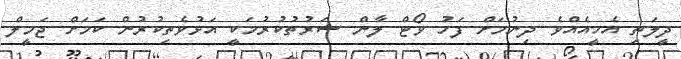
ދީލަތި އެހީއެއްވެ ދިނުމަށް ފަހު ވޯޓް ލާން ޝަރުތުކުރުމަކީ އަޅުވެތިކުރުން ކަމަށް ޖަމީލް